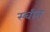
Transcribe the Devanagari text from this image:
स्चीन